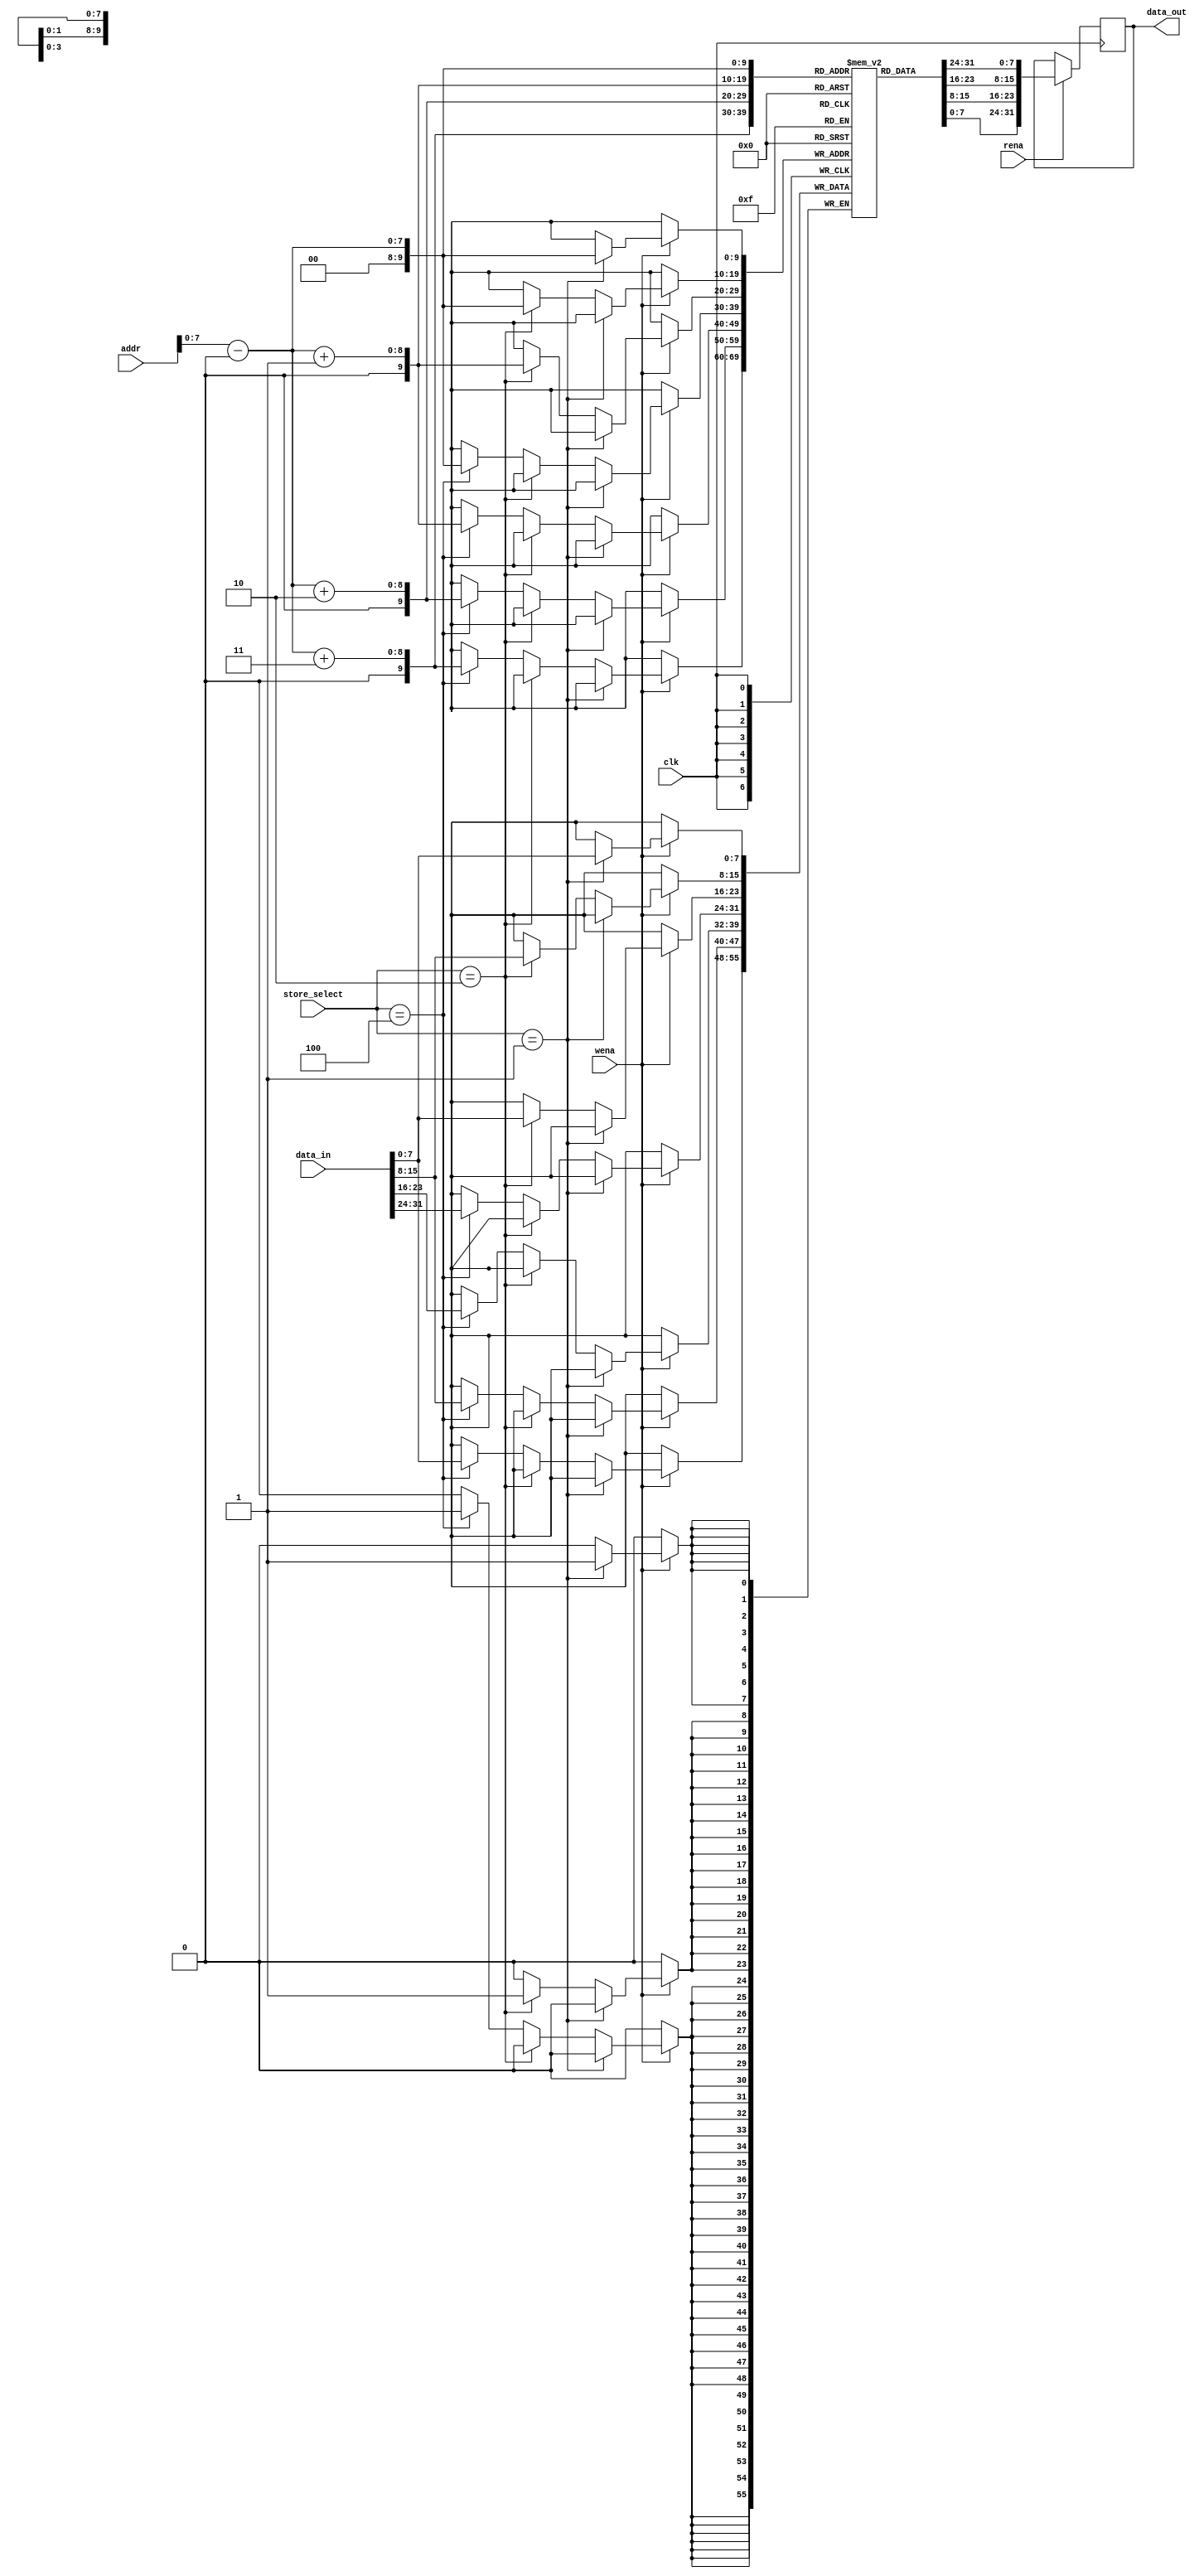
`timescale 1ns / 1ps

module DMEM(
    input clk,
    input rena,
    input wena,
    input [2:0] store_select,
    input [31:0] addr,
    input [31:0] data_in,
    output reg [31:0] data_out
    );
    //reg [31:0] memory[1023:0];
    reg [7:0] memory[1023:0];

    //wire [31:0] actual_addr;
    //wire [31:0] data;
    wire [7:0] actual_addr;

    assign actual_addr = (addr - 32'h1001_0000);
    //assign data = memory[actual_addr];

    always @ (posedge clk)
    begin
        if (rena)
            //data_out <= memory[actual_addr];
            data_out <= {memory[actual_addr], memory[actual_addr + 1], memory[actual_addr + 2], memory[actual_addr + 3]};
        if (wena) begin
            if (store_select == 3'b001) begin
                //SB
                //memory[actual_addr] <= {data_in[7:0], data[23:0]}; //7:0
                memory[actual_addr] = data_in[7:0];
            end
            else if (store_select == 3'b010) begin
                //SH
                //memory[actual_addr] <= {data_in[15:0], data[15:0]}; //15:0
                memory[actual_addr] = data_in[15:8];
                memory[actual_addr + 1] = data_in[7:0];
            end
            else if (store_select == 3'b100) begin
                //SW
                //memory[actual_addr] <= data_in;
                memory[actual_addr] = data_in[31:24];
                memory[actual_addr + 1] = data_in[23:16];
                memory[actual_addr + 2] = data_in[15:8];
                memory[actual_addr + 3] = data_in[7:0];
            end
        end
    end
endmodule